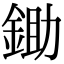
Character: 鋤